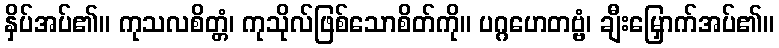
နှိပ်အပ်၏။ ကုသလစိတ္တံ၊ ကုသိုလ်ဖြစ်သောစိတ်ကို။ ပဂ္ဂဟေတဗ္ဗံ၊ ချီးမြှောက်အပ်၏။